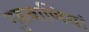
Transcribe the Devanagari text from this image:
गुङबाणियां